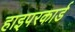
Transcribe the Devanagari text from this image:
हाइपरकार्ड